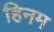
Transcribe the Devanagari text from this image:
हिनम